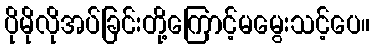
ပိုမိုလိုအပ်ခြင်းတို့ကြောင့်မမွေးသင့်ပေ။